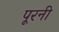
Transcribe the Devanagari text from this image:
पूरनी